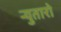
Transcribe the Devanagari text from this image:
र्‍युतारो